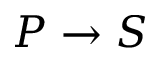
P \rightarrow S